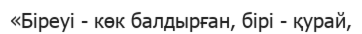
«Біреуі - көк балдырған, бірі - қурай,